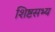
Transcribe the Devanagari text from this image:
शिष्टसभ्य